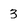
Character: 3